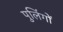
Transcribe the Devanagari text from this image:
पुलिंगों